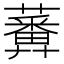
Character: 𧂵